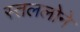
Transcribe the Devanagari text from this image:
स्तललोने